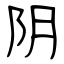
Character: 阴